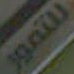
للتمور